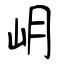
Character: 岄